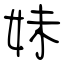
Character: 妹